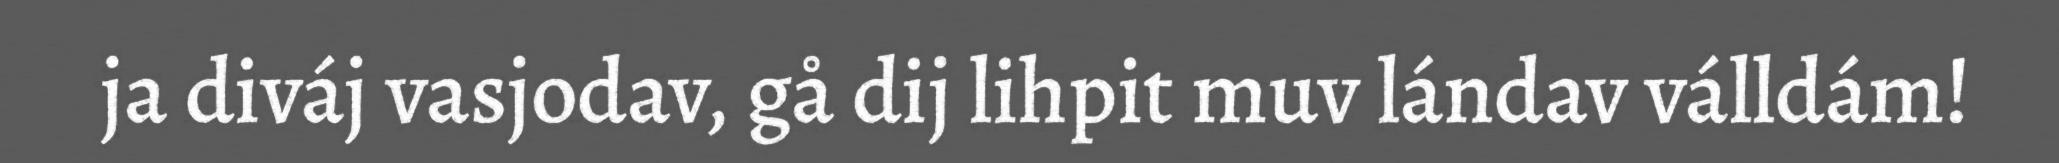
ja diváj vasjodav, gå dij lihpit muv lándav válldám!